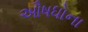
ઔષધોના